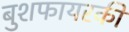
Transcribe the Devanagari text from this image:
बुशफायरकी